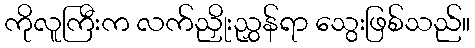
ကိုလူကြီးက လက်ညှိုးညွှန်ရာ သွေးဖြစ်သည်။